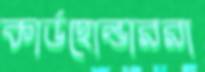
কার্ডহোল্ডাররা